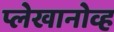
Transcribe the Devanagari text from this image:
प्लेखानोव्ह